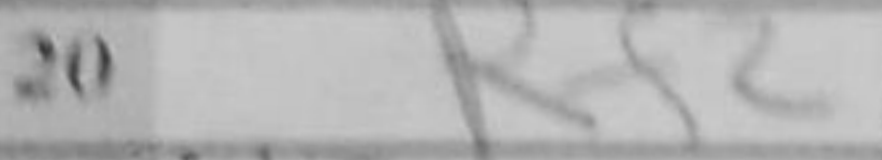
Transcription: Rf2